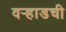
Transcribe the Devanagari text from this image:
वऱ्हाडची